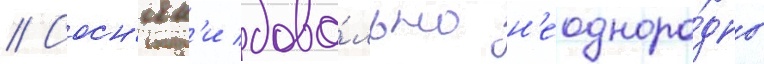
// Сосн'як'и дово́льно н'еодноро́дны